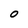
Character: O